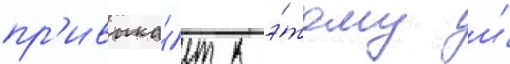
пр'ивыка́ет к э́тому и́